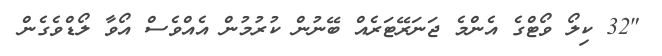
"32 ކިލޯ ވޯޓްގެ އެންމެ ޖަނަރޭޓަރެއް ބޭނުން ކުރުމުން އެއްވެސް އޯވާ ލޯޑްވެގެން